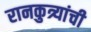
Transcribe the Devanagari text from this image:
रानकुत्र्यांची